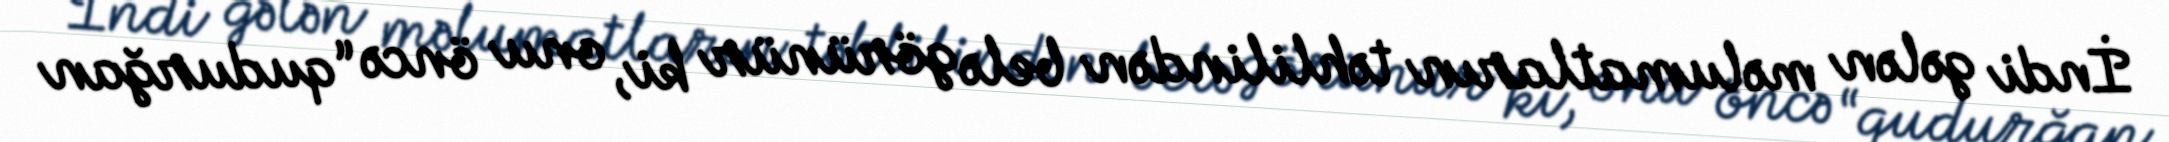
İndi gələn məlumatların təhlilindən belə görünür ki, onu öncə “qudurğan